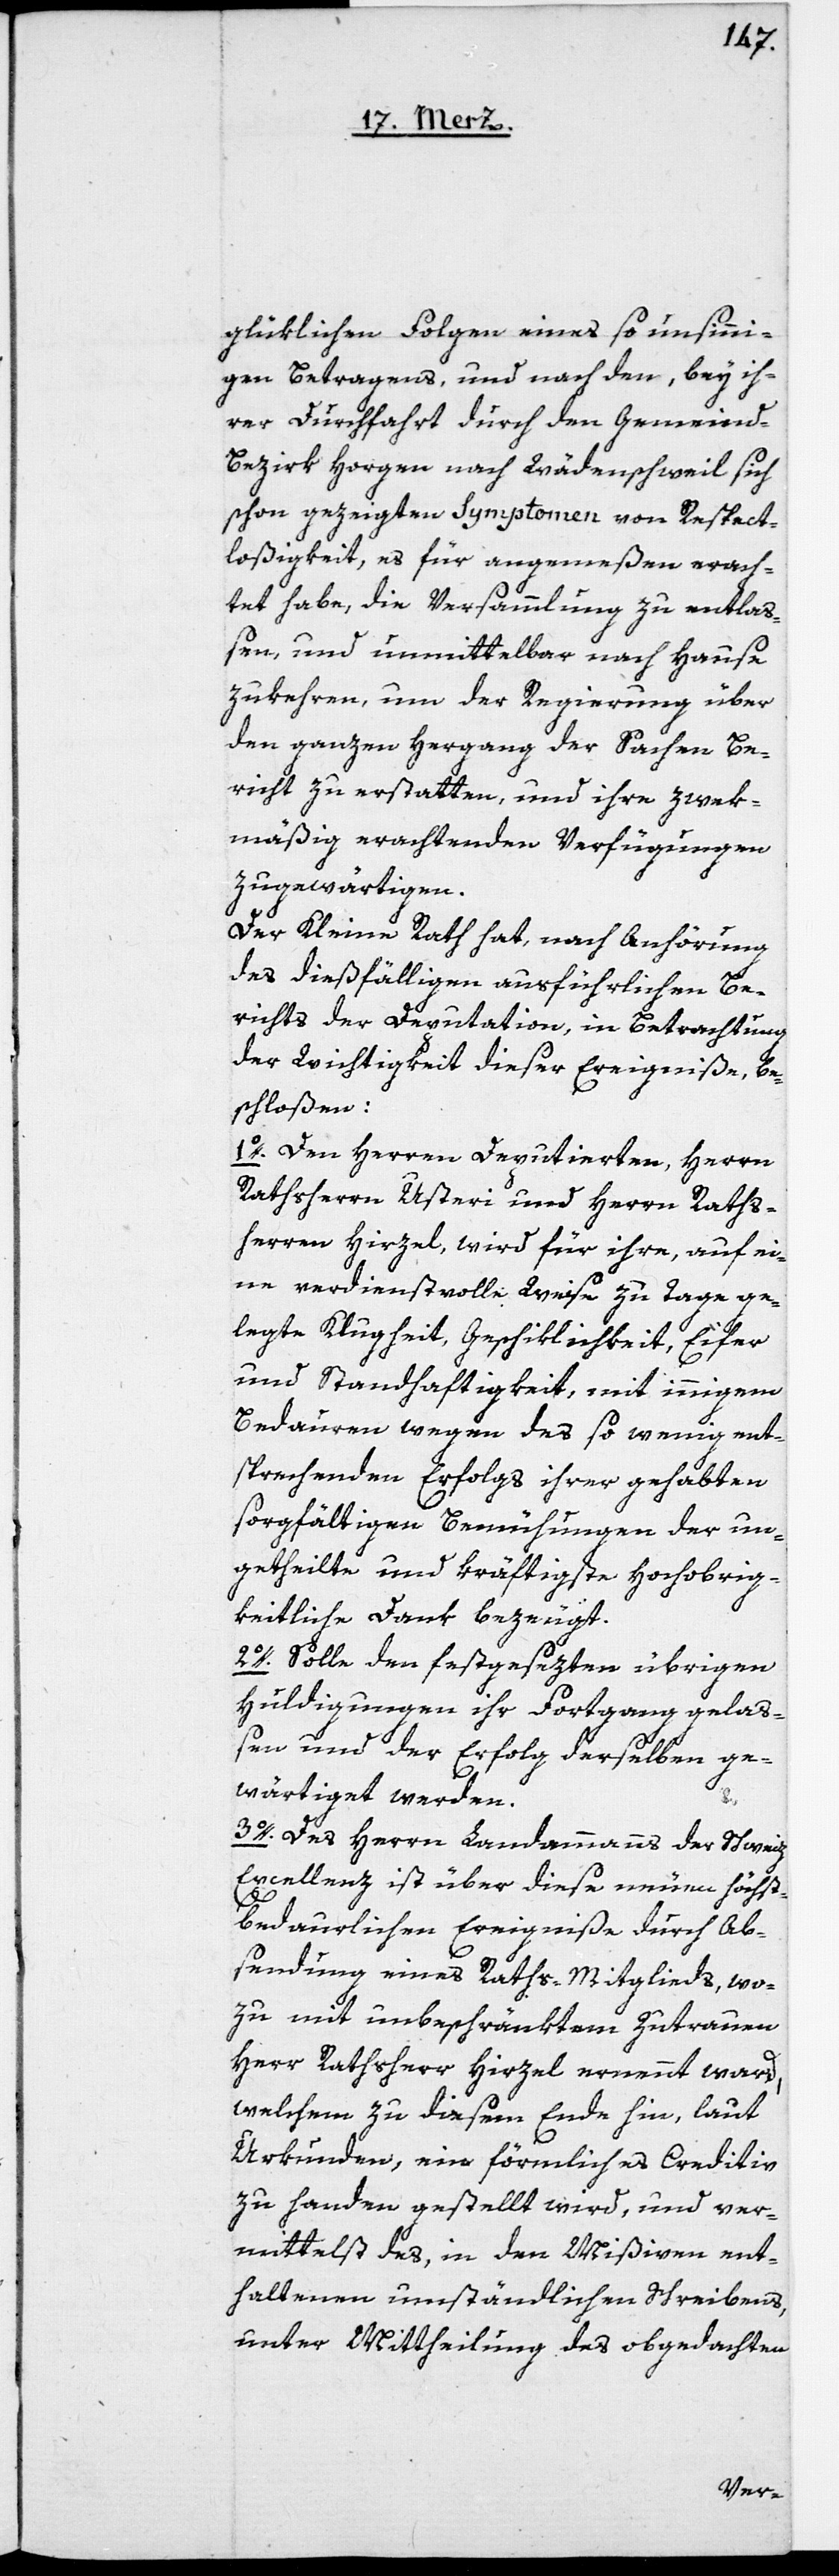
glüklichen Folgen eines so unsinni¬
gen Betragens, und nach den, bey ih¬
rer Durchfahrt durch den Gemeind¬
bezirk Horgen nach Wädenschweil sich
schon gezeigten Symptomen von Respect¬
losigkeit, es für angemeßen erach¬
tet habe, die Versammlung zu entlaß¬
en, und unmittelbar nach Hause
zukehren, um der Regierung über
den ganzen Hergang der Sachen Be¬
richt zu erstatten, und ihre zwek¬
mäßig erachtenden Verfügungen
zugewärtigen.
Der Kleine Rath hat, nach Anhörung
des dießfälligen ausführlichen Be¬
richts der Deputation, in Betrachtung
der Wichtigkeit dieser Ereigniße, be¬
schloßen:
1o. Den Herren Deputierten, Herrn
Rathsherr Usteri und Herrn Raths¬
herren Hirzel, wird für ihre, auf ei¬
ne verdienstvolle Weise zu Tage ge¬
legte Klugheit, Geschiklichkeit, Eifer
und Standhaftigkeit, mit innigem
Bedauren wegen des so wenig ent¬
sprechenden Erfolgs ihrer gehabten
sorgfältigen Bemühungen der un¬
getheilte und kräftigste hochobrig¬
keitliche Dank bezeugt.
2o. Solle den festgesezten übrigen
Huldigungen ihr Fortgang gelaß¬
en und der Erfolg derselben ge¬
wärtiget werden.
3o. Des Herrn Landammanns der Schweiz
Excellenz ist über diese neuen höchst
bedaurlichen Ereigniße durch Ab¬
sendung eines Raths-Mitglieds, wo¬
zu mit unbeschränktem Zutrauen
Herr Rathsherr Hirzel ernennt ward,
welchem zu diesem Ende hin, laut
Urkunden, ein förmliches Creditiv
zu Handen gestellt wird, und ver¬
mittelst des, in den Mißiven ent¬
haltenen umständlichen Schreibens,
unter Mittheilung des obgedachten